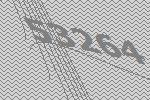
53264